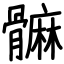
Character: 髍